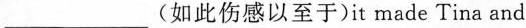
___ (如此伤感以至于)it made Tina and